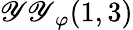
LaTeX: {\mathscr{Y}\mathscr{Y}}_{\varphi}(1,3)